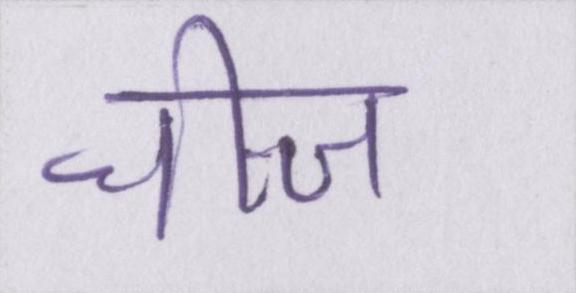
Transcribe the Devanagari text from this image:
चीज